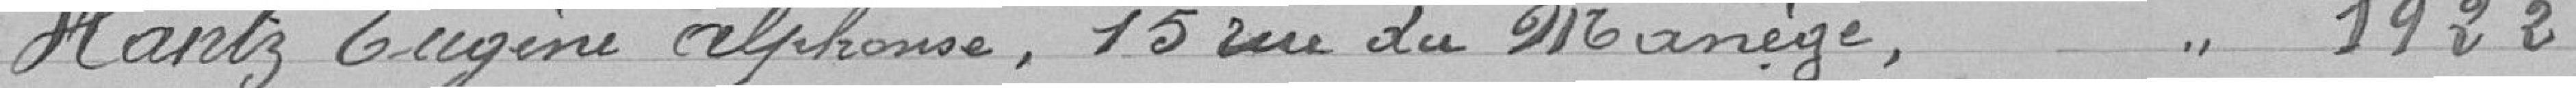
Hantz Eugène Alphonse, 15 rue du Manège, classe 1922